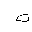
Letter: _ta